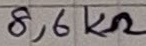
Text: 8,6KΩ